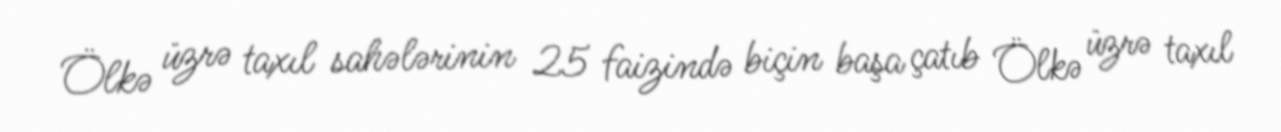
Ölkə üzrə taxıl sahələrinin 25 faizində biçin başa çatıb Ölkə üzrə taxıl